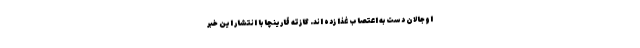
اوجالان دست به اعتصاب غذا زده اند. گازته قارینچا با انتشار این خبر